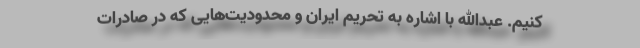
کنیم. عبدالله با اشاره به تحریم ایران و محدودیت‌هایی که در صادرات